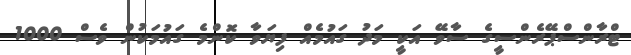
ޓްރާންސްޕޭރެންސީގެ ސާވޭ އަކީ މަދު ގައުމެއް ފިޔަވާ ކޮންމެ ގައުމަކުން ވެސް 1000